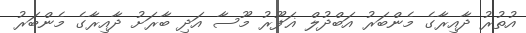
އުތުރު ދާއިރާގެ މެންބަރު އަބްދުލް ޣަފޫރު މޫސާ އަދި ބާރަށު ދާއިރާގެ މެންބަރު